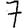
Digit: 7